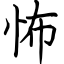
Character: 怖